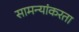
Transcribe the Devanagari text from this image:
सामन्यांकरता